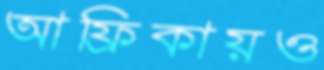
আফ্রিকায়ও